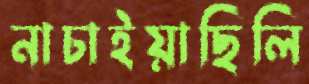
নাচাইয়াছিলি